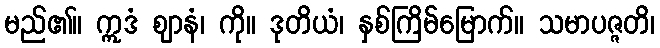
မည်၏။ ဣဒံ ဈာနံ၊ ကို။ ဒုတိယံ၊ နှစ်ကြိမ်မြောက်။ သမာပဇ္ဇတိ၊